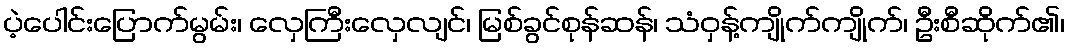
ပဲ့ပေါင်းပြောက်မွမ်း၊ လှေကြီးလှေလျင်၊ မြစ်ခွင်စုန်ဆန်၊ သံဝှန့်ကျိုက်ကျိုက်၊ ဦးစီဆိုက်၏၊